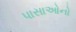
પાસાઓનો